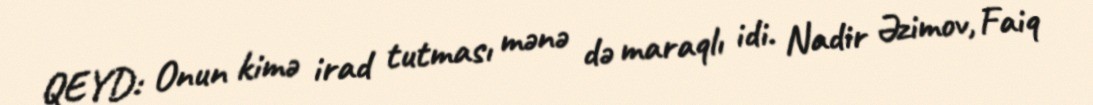
QEYD: Onun kimə irad tutması mənə də maraqlı idi. Nadir Əzimov, Faiq